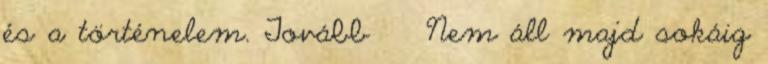
és a történelem. Tovább › ›Nem áll majd sokáig